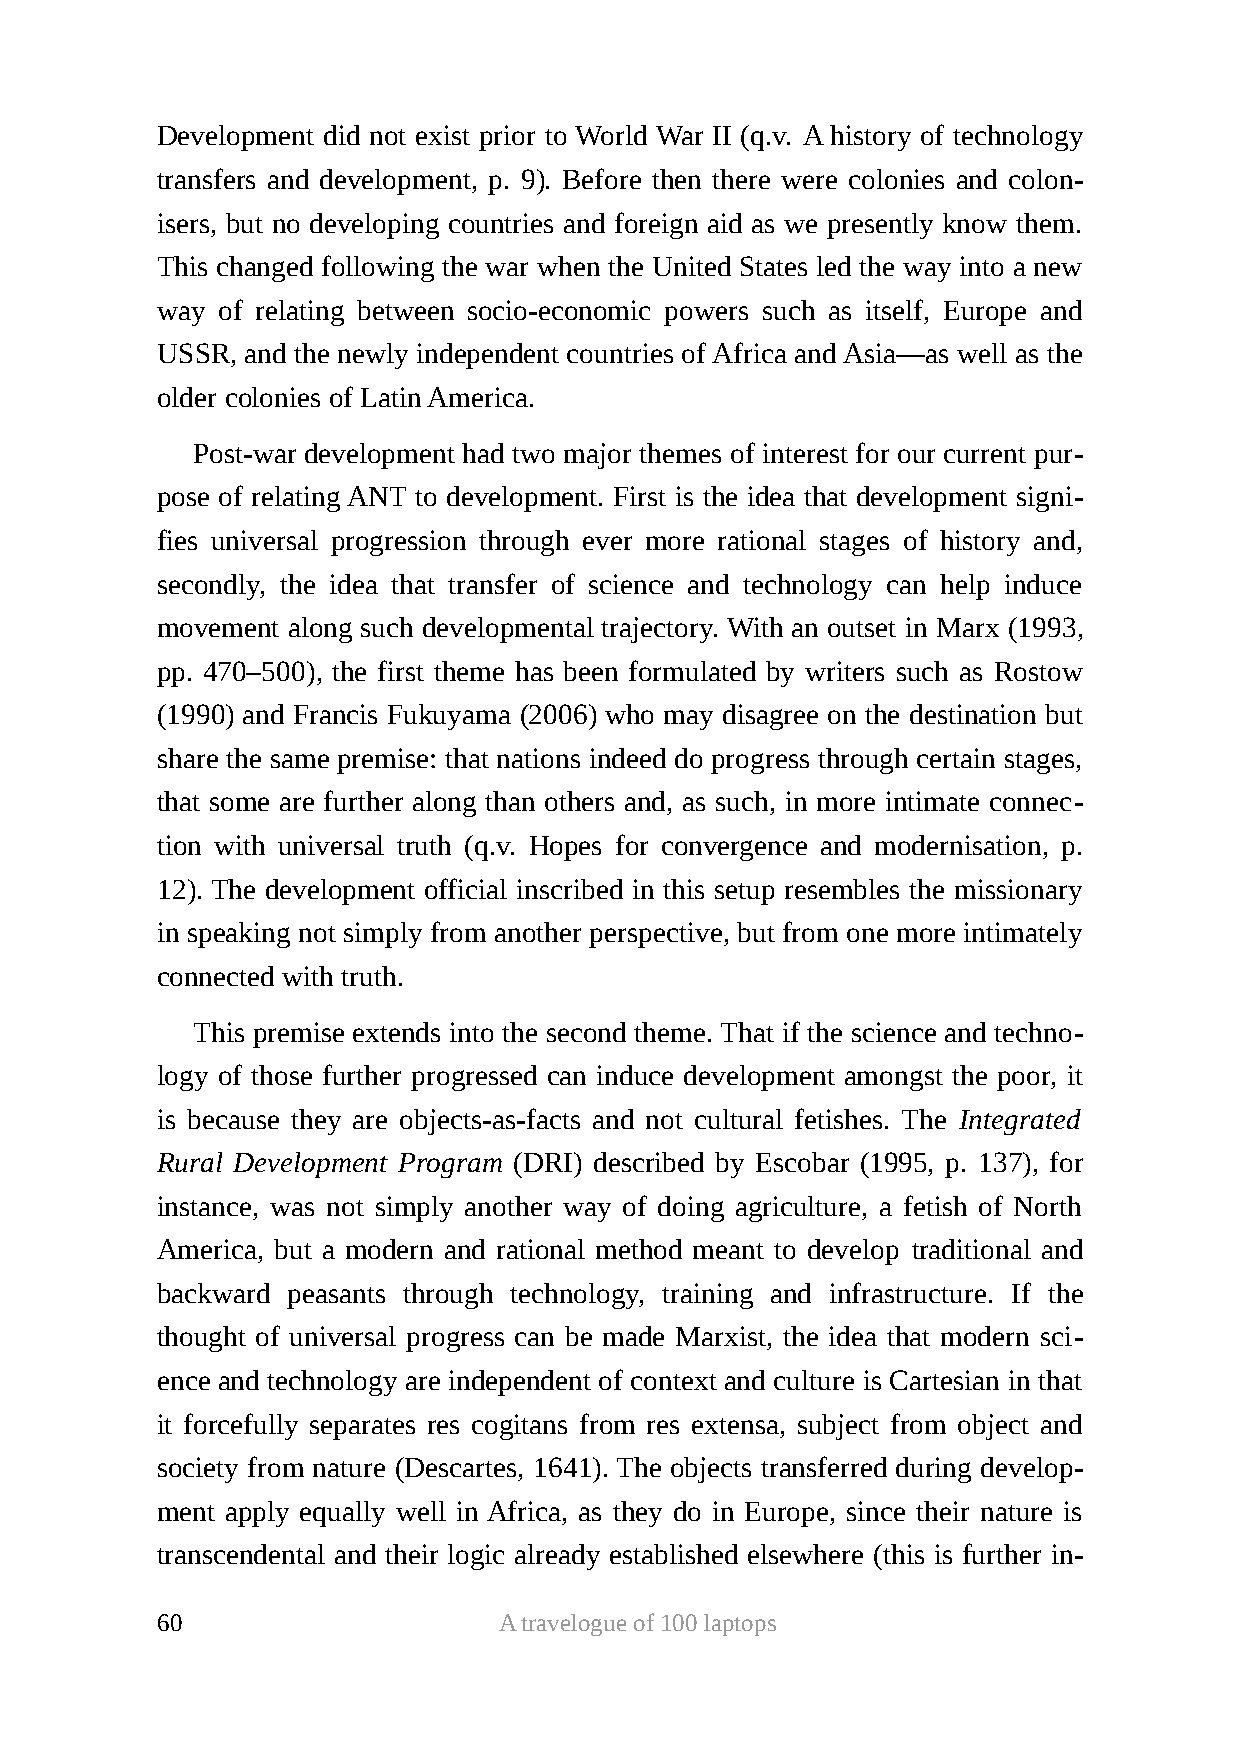
Development did not exist prior to World War II (q.v. A history of technology
 transfers and development, p. 9). Before then there were colonies and colon-
 isers, but no developing countries and foreign aid as we presently know them.
 This changed following the war when the United States led the way into a new
 way of relating between socio-economic powers such as itself, Europe and
 USSR, and the newly independent countries of Africa and Asia—as well as the
 older colonies of Latin America.
 Post-war development had two major themes of interest for our current pur-
 pose of relating ANT to development. First is the idea that development signi-
 fies universal progression through ever more rational stages of history and,
 secondly, the idea that transfer of science and technology can help induce
 movement along such developmental trajectory. With an outset in Marx (1993,
 pp. 470–500), the first theme has been formulated by writers such as Rostow
 (1990) and Francis Fukuyama (2006) who may disagree on the destination but
 share the same premise: that nations indeed do progress through certain stages,
 that some are further along than others and, as such, in more intimate connec-
 tion with universal truth (q.v. Hopes for convergence and modernisation, p.
 12). The development official inscribed in this setup resembles the missionary
 in speaking not simply from another perspective, but from one more intimately
 connected with truth.
 This premise extends into the second theme. That if the science and techno-
 logy of those further progressed can induce development amongst the poor, it
 is because they are objects-as-facts and not cultural fetishes. The Integrated
 Rural Development Program (DRI) described by Escobar (1995, p. 137), for
 instance, was not simply another way of doing agriculture, a fetish of North
 America, but a modern and rational method meant to develop traditional and
 backward peasants through technology, training and infrastructure. If the
 thought of universal progress can be made Marxist, the idea that modern sci-
 ence and technology are independent of context and culture is Cartesian in that
 it forcefully separates res cogitans from res extensa, subject from object and
 society from nature (Descartes, 1641). The objects transferred during develop-
 ment apply equally well in Africa, as they do in Europe, since their nature is
 transcendental and their logic already established elsewhere (this is further in-
 60                     A travelogue of 100 laptops